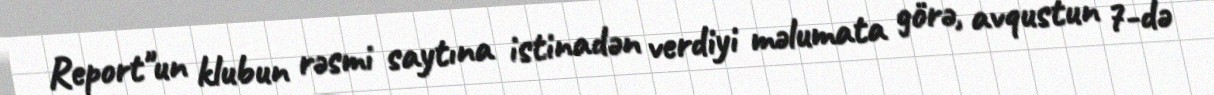
Report"un klubun rəsmi saytına istinadən verdiyi məlumata görə, avqustun 7-də